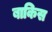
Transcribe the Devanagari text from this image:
बाकिस